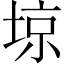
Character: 𡌿